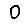
Digit: 0